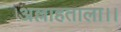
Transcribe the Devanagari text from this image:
अल्लाहताला।।